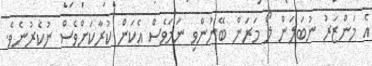
އެ މަންޒަރު ނުބަލަން ލޯ މަރަން ބޭނުންވި ނަމަވެސް އެކަން ކުރާކަށްވެސް ނުކެރުނެވެ.